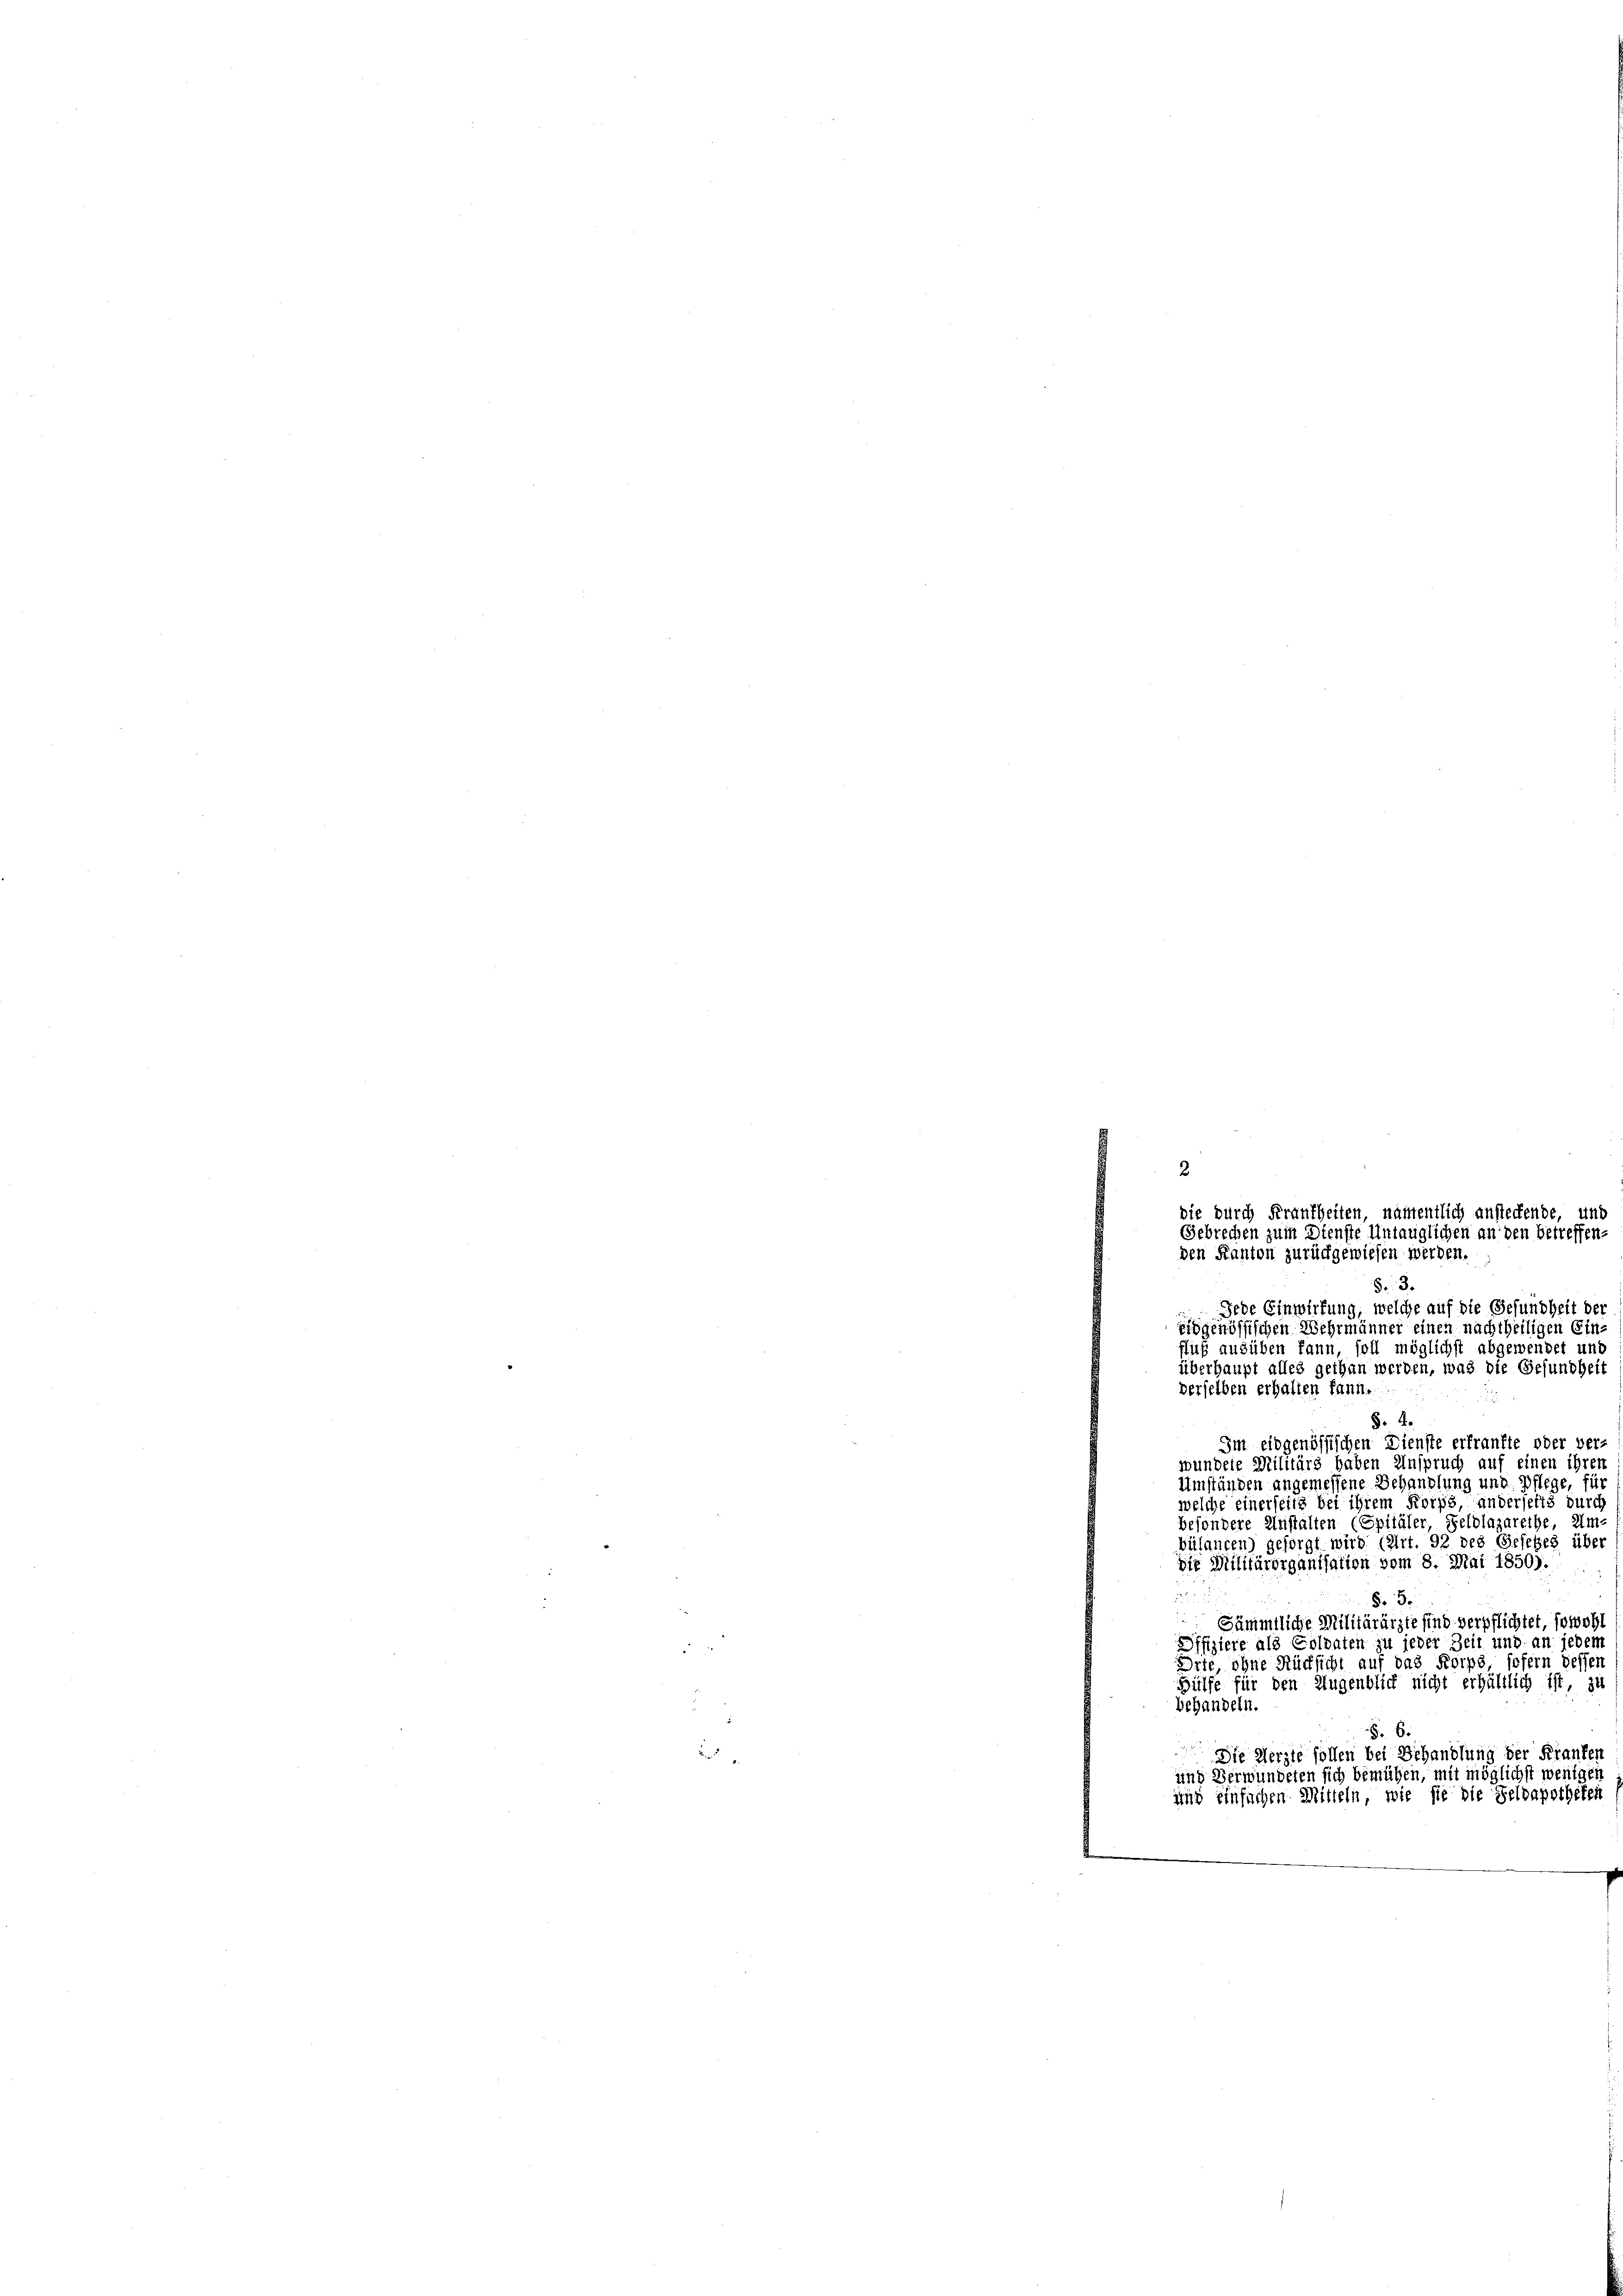
2
die durch Frankheiten, nahentlich ansteckende, und
Gebrechen zum Dienste Untauglichen an den betreffen-
den Kanton zurückgewiesen werden.

53.
Jede Einwirkung, welche auf die Gesundheit der
eidgenössischen Wehrmänner einen nachtheiligen Einfluß ausüben kann, soll möglichst abgewendet und
überhaupt alles gethan werden, was die Gesundheit
derselben erhalten kann.
§. 4.
Im eidgenössischen Dienste erfranfte oder ver-
wundete Militärs haben Anspruch auf einen ihren
Umständen angemessene Behandlung und Pflege, für
welche einerseits bei ihrem Korps anderseits durch
besondere Anstalten (Spitäler, Selblazarethe, Um
bülancen) gesorgt wird (Art. 92 des Gesetzes über
sir Militärorganisation vom 8. Mai 1850).

§. 3.
Sämmtliche Militärärzte sind verpflichtet, sowohl
Dffiziere als Goldaten zu jeder Zeit und an jedem
Orte, ohne Rücksicht auf das Korps, sofern dessen
Hülfe für den Augenblick nicht erhältlich ist, zu
behandeln.
§. 6.
e
Die Merzte sollen bei Behandlung der Kranken

und Verwundeten sich bemühen, mit möglichst wenigen
und einfachen Mitteln, wie sie die Feldapotheken